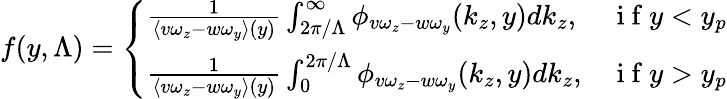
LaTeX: f(y,\Lambda)=\left\{ \begin{array}{ll}{\frac{1}{\langle v\omega_{z}-w\omega_{y}\rangle(y)}\int_{2\pi/\Lambda}^{\infty}\phi_{v\omega_{z}-w\omega_{y}}(k_{z},y)dk_{z},}&{\mathrm{~i~f~}y<y_{p}}\\ {\frac{1}{\langle v\omega_{z}-w\omega_{y}\rangle(y)}\int_{0}^{2\pi/\Lambda}\phi_{v\omega_{z}-w\omega_{y}}(k_{z},y)dk_{z},}&{\mathrm{~i~f~}y>y_{p}}\end{array}\right.